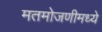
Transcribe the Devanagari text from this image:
मतमोजणीमध्ये